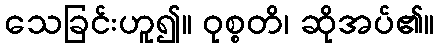
သေခြင်းဟူ၍။ ဝုစ္စတိ၊ ဆိုအပ်၏။